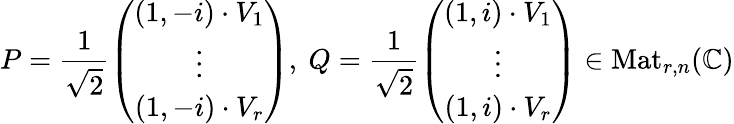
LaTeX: P=\frac{1}{\sqrt{2}}\left(\begin{array}{c}{(1,-i)\cdot V_{1}}\\ {\vdots}\\ {(1,-i)\cdot V_{r}}\end{array}\right),\ Q=\frac{1}{\sqrt{2}}\left(\begin{array}{c}{(1,i)\cdot V_{1}}\\ {\vdots}\\ {(1,i)\cdot V_{r}}\end{array}\right)\in\mathrm{Mat}_{r,n}(\mathbb C)